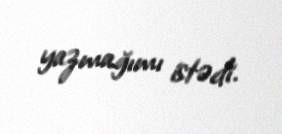
yazmağımı istədi.